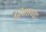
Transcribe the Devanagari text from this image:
रिमाण्ड